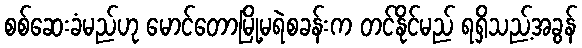
စစ်ဆေးခံမည်ဟု မောင်တောမြို့မရဲစခန်းက တင်နိုင်မည် ရရှိသည့်အခွန်